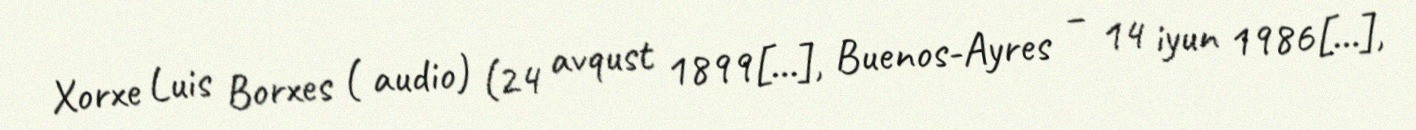
Xorxe Luis Borxes ( audio) (24 avqust 1899[…], Buenos-Ayres – 14 iyun 1986[…],